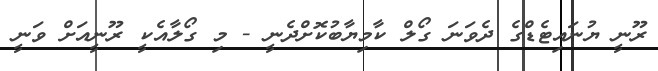
ރޫނީ ޔުނައިޓެޑްގެ ދެވަނަ ގޯލް ކާމިޔާބުކޮށްދެނީ - މި ގޯލާއެކީ ރޫނީއަށް ވަނީ